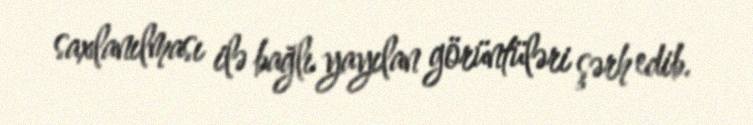
saxlanılması ilə bağlı yayılan görüntüləri şərh edib.